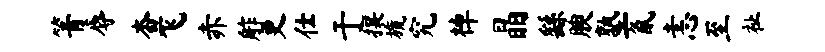
箐辱查飞赤舴更仕于攘旒究棹晶繇腴塾氤恚至祉